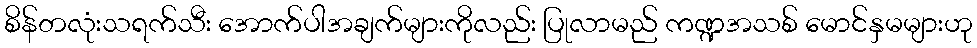
စိန်တလုံးသရက်သီး အောက်ပါအချက်များကိုလည်း ပြုလာမည် ကဏ္ဍအသစ် မောင်နှမများဟု